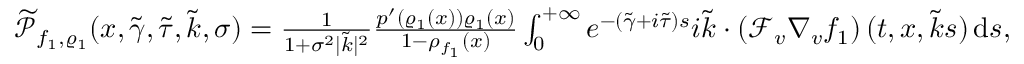
\begin{array} { r } { \widetilde { \mathscr { P } } _ { f _ { 1 } , \varrho _ { 1 } } ( x , \widetilde { \gamma } , \widetilde { \tau } , \widetilde { k } , \sigma ) = \frac { 1 } { 1 + \sigma ^ { 2 } \vert \widetilde { k } \vert ^ { 2 } } \frac { p ^ { \prime } ( \varrho _ { 1 } ( x ) ) \varrho _ { 1 } ( x ) } { 1 - \rho _ { f _ { 1 } } ( x ) } \int _ { 0 } ^ { + \infty } e ^ { - ( \widetilde { \gamma } + i \widetilde { \tau } ) s } i \widetilde { k } \cdot \left( \mathcal { F } _ { v } \nabla _ { v } f _ { 1 } \right) ( t , x , \widetilde { k } s ) \, \mathrm { d } s , } \end{array}